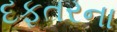
દફતરના